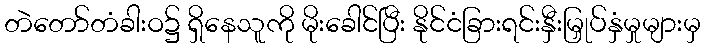
တဲတော်တံခါးဝ၌ ရှိနေသူကို မိုးခေါင်ပြီး နိုင်ငံခြားရင်းနှီးမြှုပ်နှံမှုများမှ